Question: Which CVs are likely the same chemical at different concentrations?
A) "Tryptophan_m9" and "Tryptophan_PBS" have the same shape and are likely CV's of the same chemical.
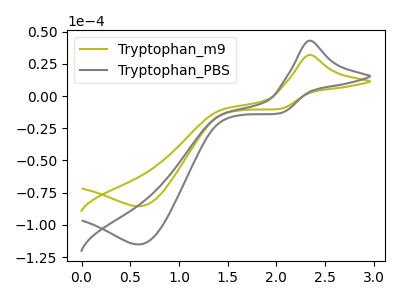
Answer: <think>The olive curve "Tryptophan_m9" has an anodic peak at (2.35V, 31.85uA) and a cathodic peak at (0.60V, -85.55uA). The gray curve "Tryptophan_PBS" has an anodic peak at (2.35V, 42.95uA) and a cathodic peak at (0.60V, -115.25uA).
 All the peaks in "Tryptophan_m9" have a peak in "Tryptophan_PBS" at the same potential. Every peak in "Tryptophan_m9" is lower than every peak in "Tryptophan_PBS".</think>
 <answer>A) "Tryptophan_m9" and "Tryptophan_PBS" have the same shape and are likely CV's of the same chemical.</answer>
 <eval>A</eval>